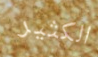
الكثير